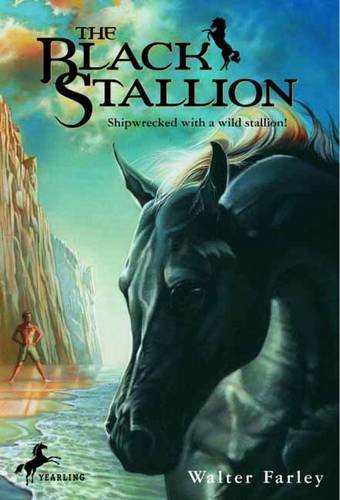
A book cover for The Black Stallion; Walter Farley; Children's Books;